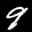
Label: 9